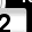
Digit: 2